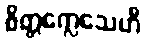
စိတ္တက္လေသေဟိ